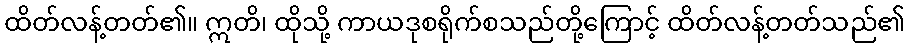
ထိတ်လန့်တတ်၏။ ဣတိ၊ ထိုသို့ ကာယဒုစရိုက်စသည်တို့ကြောင့် ထိတ်လန့်တတ်သည်၏